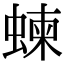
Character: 𧍴